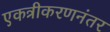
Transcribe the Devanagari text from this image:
एकत्रीकरणनंतर